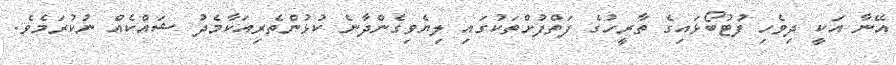
އޭނާ އަކީ ދިވެހި ފުޓުބޯޅައިގެ ތާރީހުގެ ފަތްފުށްތަކުގައި ލިޔެވިގެންދާނެ ކުޅުންތެރިއަކާމެދު ޝައްކެއް ނުކުރަމެވެ.